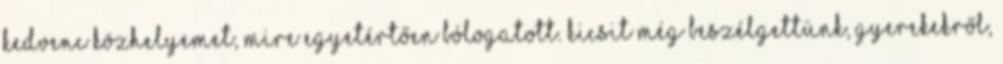
kedvenc közhelyemet, mire egyetértően bólogatott. Kicsit még beszélgettünk, gyerekekről,